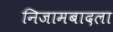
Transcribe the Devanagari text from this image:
निजामबादला